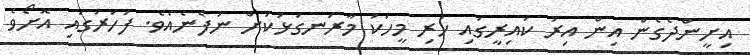
އިށީންދެގެން އިން އިރު ކައިރީގައި ހުރި މީހަކު މާރަނގަޅަކަށް ނުފެނެއެވެ. ފަހަރުގައި އޮށޯވެ